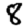
Digit: 8